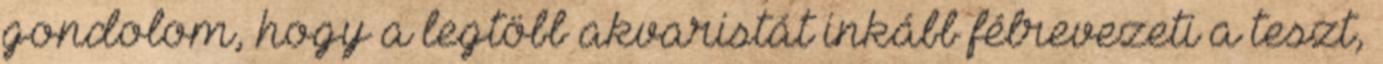
gondolom, hogy a legtöbb akvaristát inkább félrevezeti a teszt,